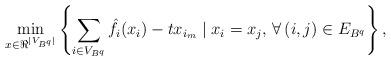
LaTeX: \begin{align*}\min_{x\in \Re^{|V_{B^q}|}} \left\{ \sum_{i\in V_{B^q}} \hat f_i(x_i) - t x_{i_m} \mid x_i = x_j, \, \forall \, (i,j)\in E_{B^q}\right\},\end{align*}